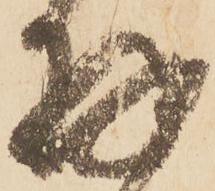
存